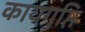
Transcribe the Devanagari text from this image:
कायगुप्ति